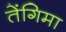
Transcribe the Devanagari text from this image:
तेंगिमा